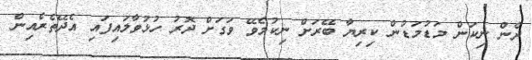
ދެން ނިކަން މަޑުމަޑުން ކިރިޔާ ބޭރަށް ނިކުމެވޭ ވަގަށް ދޮރު ހުޅުވާލައިފައި އެދޭތެރެއިން